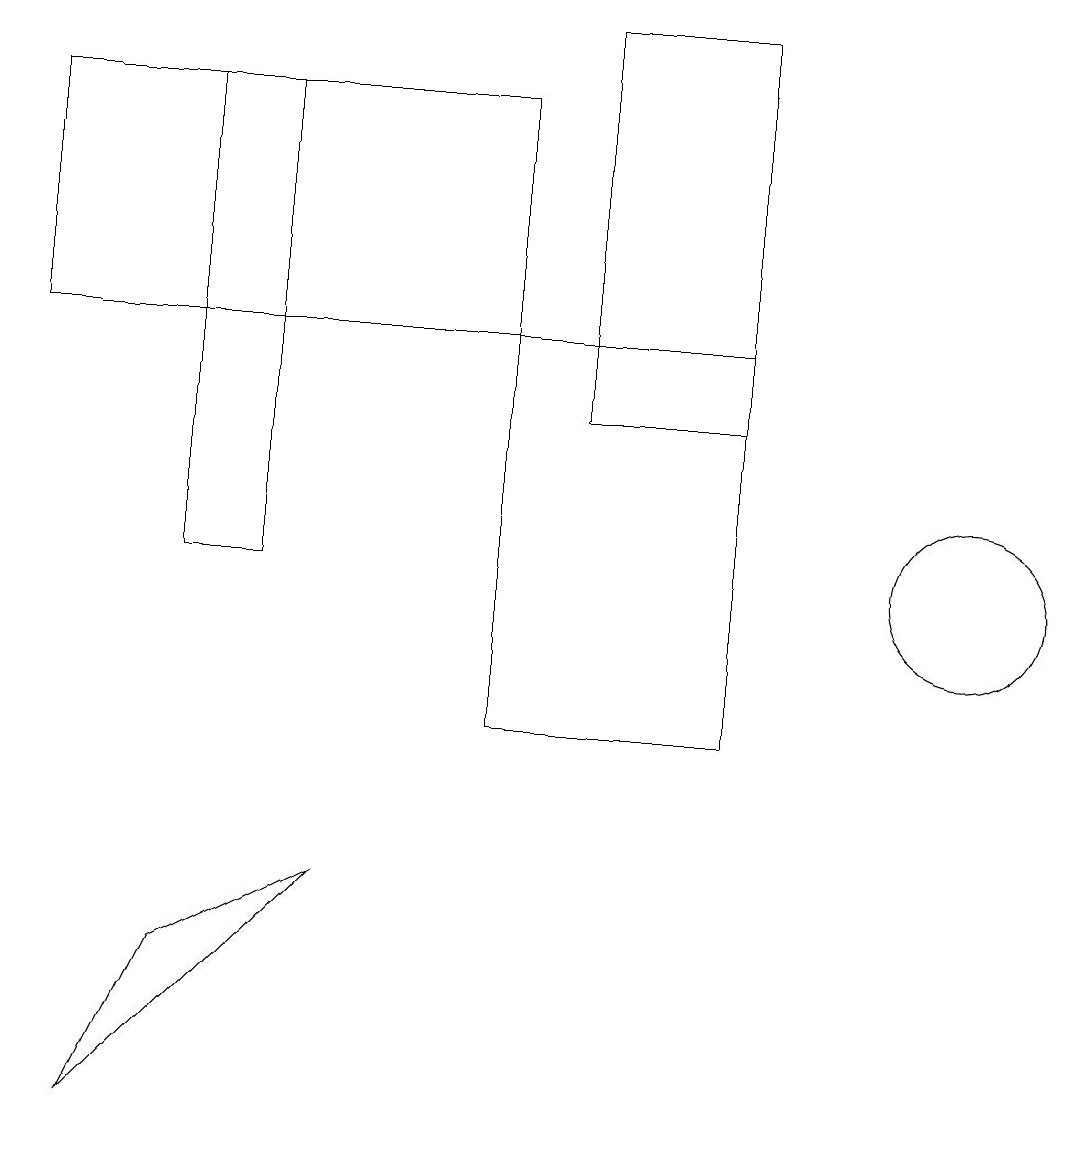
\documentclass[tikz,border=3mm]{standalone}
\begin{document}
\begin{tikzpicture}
\draw (1,5) -- (4,8) -- (2,7) -- cycle;
\draw (9,10) rectangle (6,15);
\draw (2,18) rectangle (3,12);
\draw (12,12) circle (1);
\draw (6,18) rectangle (0,15);
\draw (9,19) rectangle (7,14);
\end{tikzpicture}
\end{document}